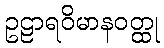
ဥဠာရဝိမာနဝတ္ထု